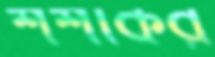
শশীকর